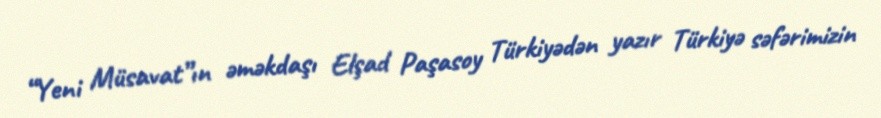
“Yeni Müsavat”ın əməkdaşı Elşad Paşasoy Türkiyədən yazır Türkiyə səfərimizin